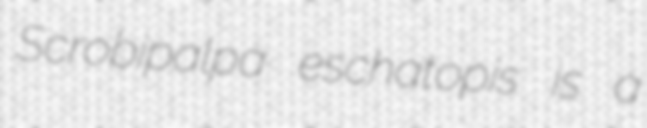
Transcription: Scrobipalpa eschatopis is a